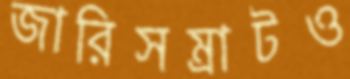
জারিসম্রাটও